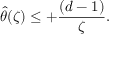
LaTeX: { \hat { \theta } ( \zeta ) } \leq + { \frac { ( d - 1 ) } { \zeta } } .